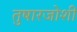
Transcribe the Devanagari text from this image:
तुषारजोशी